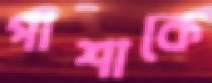
পাশাকে